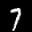
Label: 7